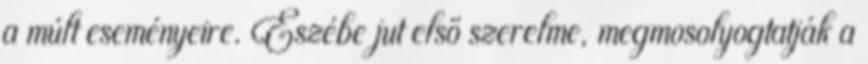
a múlt eseményeire. Eszébe jut első szerelme, megmosolyogtatják a